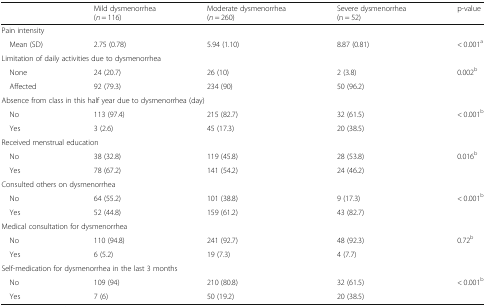
<table><thead><tr><td></td><td><b>Mild dysmenorrhea(<i>n</i> = 116)</b></td><td><b>Moderate dysmenorrhea(<i>n</i> = 260)</b></td><td><b>Severe dysmenorrhea(n = 52)</b></td><td><b>p-value</b></td></tr></thead><tbody><tr><td colspan="5">Pain intensity</td></tr><tr><td> Mean (SD)</td><td>2.75 (0.78)</td><td>5.94 (1.10)</td><td>8.87 (0.81)</td><td>&lt; 0.001<sup>a</sup></td></tr><tr><td colspan="5">Limitation of daily activities due to dysmenorrhea</td></tr><tr><td> None</td><td>24 (20.7)</td><td>26 (10)</td><td>2 (3.8)</td><td>0.002<sup>b</sup></td></tr><tr><td> Affected</td><td>92 (79.3)</td><td>234 (90)</td><td>50 (96.2)</td><td></td></tr><tr><td colspan="5">Absence from class in this half year due to dysmenorrhea (day)</td></tr><tr><td> No</td><td>113 (97.4)</td><td>215 (82.7)</td><td>32 (61.5)</td><td>&lt; 0.001<sup>b</sup></td></tr><tr><td> Yes</td><td>3 (2.6)</td><td>45 (17.3)</td><td>20 (38.5)</td><td></td></tr><tr><td colspan="5">Received menstrual education</td></tr><tr><td> No</td><td>38 (32.8)</td><td>119 (45.8)</td><td>28 (53.8)</td><td>0.016<sup>b</sup></td></tr><tr><td> Yes</td><td>78 (67.2)</td><td>141 (54.2)</td><td>24 (46.2)</td><td></td></tr><tr><td colspan="5">Consulted others on dysmenorrhea</td></tr><tr><td> No</td><td>64 (55.2)</td><td>101 (38.8)</td><td>9 (17.3)</td><td>&lt; 0.001<sup>b</sup></td></tr><tr><td> Yes</td><td>52 (44.8)</td><td>159 (61.2)</td><td>43 (82.7)</td><td></td></tr><tr><td colspan="5">Medical consultation for dysmenorrhea</td></tr><tr><td> No</td><td>110 (94.8)</td><td>241 (92.7)</td><td>48 (92.3)</td><td>0.72<sup>b</sup></td></tr><tr><td> Yes</td><td>6 (5.2)</td><td>19 (7.3)</td><td>4 (7.7)</td><td></td></tr><tr><td colspan="5">Self-medication for dysmenorrhea in the last 3 months</td></tr><tr><td> No</td><td>109 (94)</td><td>210 (80.8)</td><td>32 (61.5)</td><td>&lt; 0.001<sup>b</sup></td></tr><tr><td> Yes</td><td>7 (6)</td><td>50 (19.2)</td><td>20 (38.5)</td><td></td></tr></tbody></table>